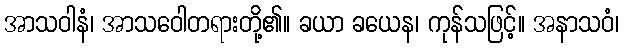
အာသဝါနံ၊ အာသဝေါတရားတို့၏။ ခယာ ခယေန၊ ကုန်သဖြင့်။ အနာသဝံ၊